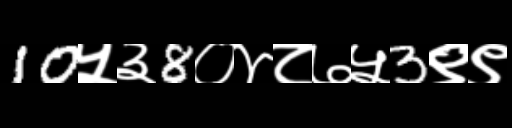
Text: 10५३8०४८७५3९९